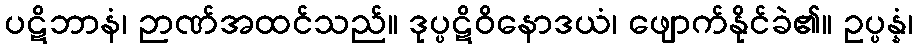
ပဋိဘာနံ၊ ဉာဏ်အထင်သည်။ ဒုပ္ပဋိဝိနောဒယံ၊ ဖျောက်နိုင်ခဲ၏။ ဥပ္ပန္နံ၊